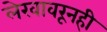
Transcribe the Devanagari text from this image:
लेखावरूनही